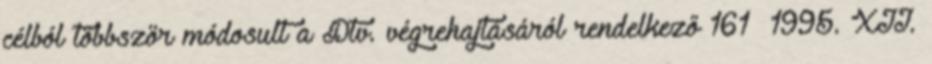
célból többször módosult a Dtv. végrehajtásáról rendelkező 161 1995. XII.